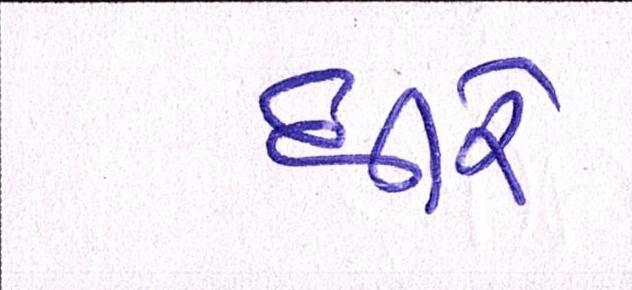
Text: ધીરે